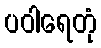
ပဝါရေတုံ